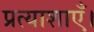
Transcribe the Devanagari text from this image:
प्रत्याशाएँ।